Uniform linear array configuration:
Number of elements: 4
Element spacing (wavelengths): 0.25
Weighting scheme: exponential
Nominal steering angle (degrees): -15
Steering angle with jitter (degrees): -15.58
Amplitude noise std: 0.05
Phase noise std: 0.05

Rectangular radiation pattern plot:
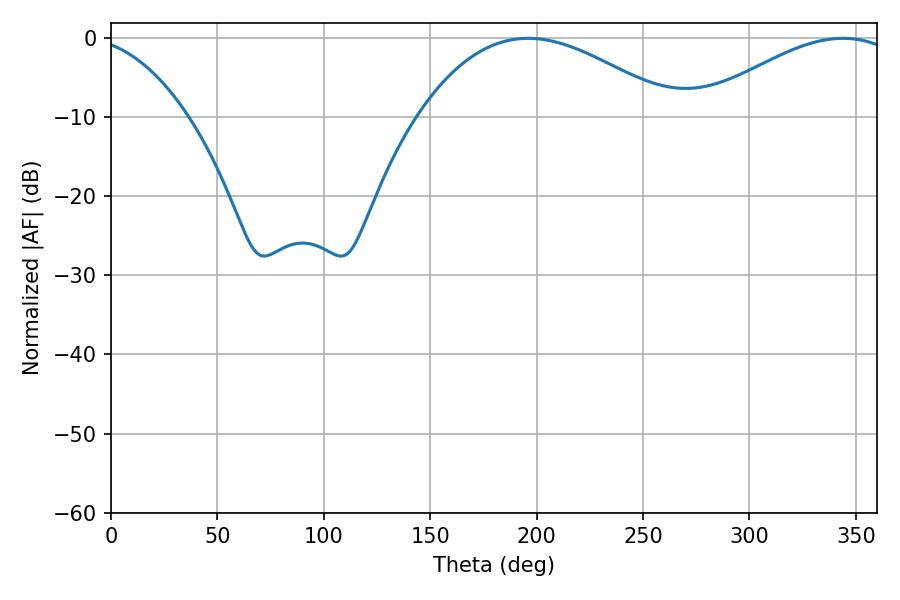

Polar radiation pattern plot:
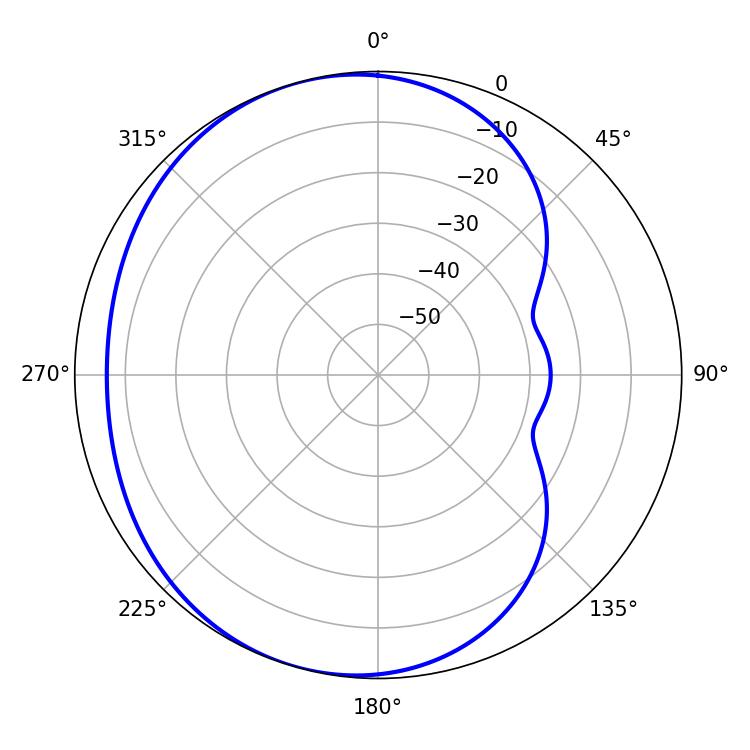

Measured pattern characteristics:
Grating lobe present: FALSE
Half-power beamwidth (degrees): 66.24
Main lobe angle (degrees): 196.02